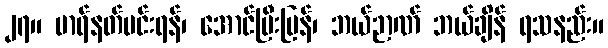
၂၇။ မာရ်နတ်မင်းရန်၊ အောင်ပြီးပြန်၊ ဘယ်ဉာဏ် ဘယ်ချိန် ရသနည်း။